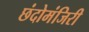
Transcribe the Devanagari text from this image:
छंदोमंजिरी